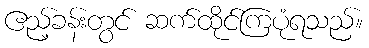
ဧည့်ခန်းတွင် ဆက်ထိုင်ကြပုံရသည်။